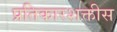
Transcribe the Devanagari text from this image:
प्रतिकारशक्तीस